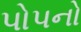
પોપનો